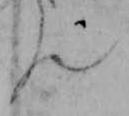
ん